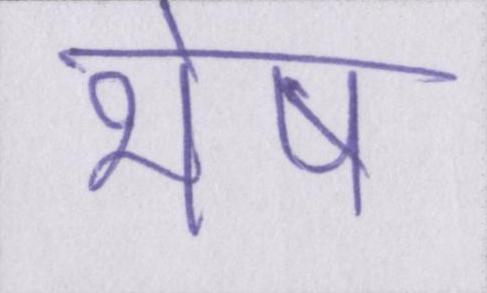
भेष